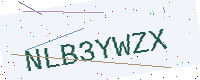
Text: NLB3YWZX